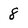
Character: 8